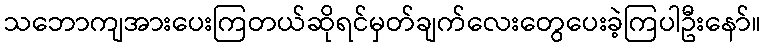
သဘောကျအားပေးကြတယ်ဆိုရင်မှတ်ချက်လေးတွေပေးခဲ့ကြပါဦးနော်။